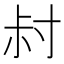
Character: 𡬧